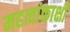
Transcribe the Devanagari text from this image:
महत्वांकाक्षी